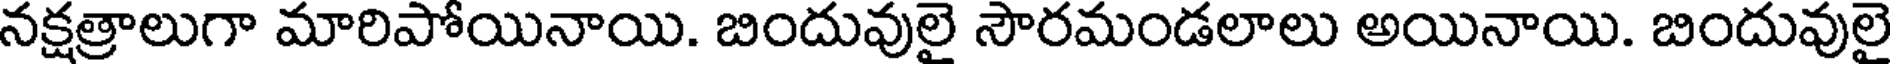
నక్షత్రాలుగా మారిపోయినాయి. బిందువులై సౌరమండలాలు అయినాయి. బిందువులై